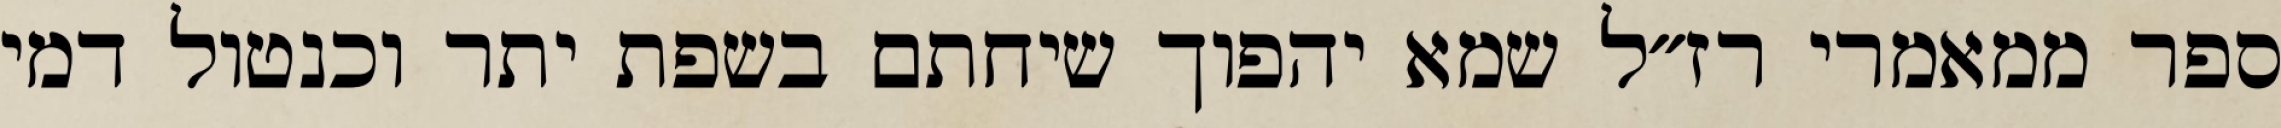
ספר ממאמרי רז״ל שמא יהפוך שיחתם בשפת יתר וכנטול דמי